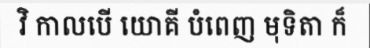
វិ កាលបើ យោគី បំពេញ មុទិតា ក៏